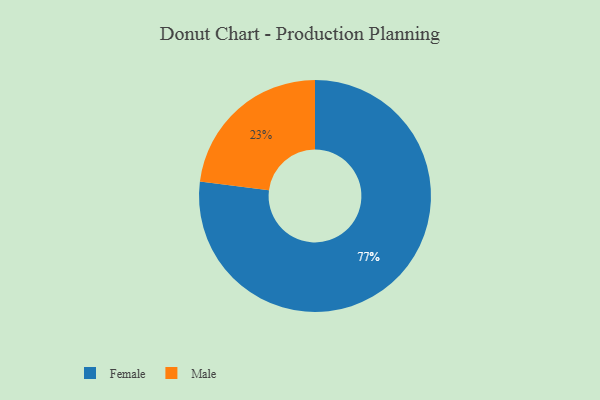
{"axis": {"x": "Category", "y": "Percentage"}, "legend": ["Female", "Male"], "data": [{"x": "Female", "y": 77, "type": "Female"}, {"x": "Male", "y": 23, "type": "Male"}]}